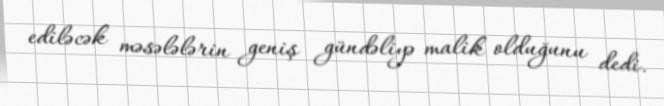
ediləcək məsələlərin geniş gündəliyə malik olduğunu dedi.